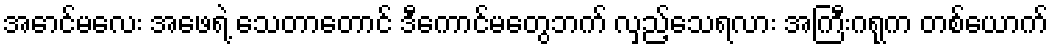
အောင်မလေး အဖေရဲ့ သေတာတောင် ဒီကောင်မတွေဘက် လှည့်သေရလား အကြီးဂရုက တစ်ယောက်